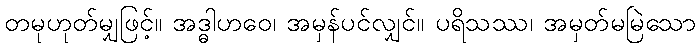
တမုဟုတ်မျှဖြင့်။ အဒ္ဓါဟဝေ၊ အမှန်ပင်လျှင်။ ပရိသဿ၊ အမှတ်မမြဲသော